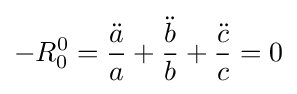
-R_{0}^{0}={\frac {\ddot {a}}{a}}+{\frac {\ddot {b}}{b}}+{\frac {\ddot {c}}{c}}=0